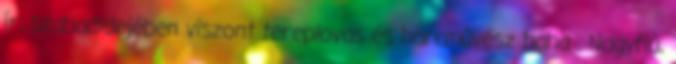
ír, szabadidejében viszont tereplovas és harcművész haha . Nagyfiú,